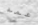
عمه